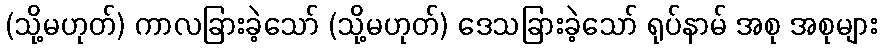
(သို့မဟုတ်) ကာလခြားခဲ့သော် (သို့မဟုတ်) ဒေသခြားခဲ့သော် ရုပ်နာမ် အစု အစုများ